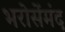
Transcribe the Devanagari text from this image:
भरोसेंमंद